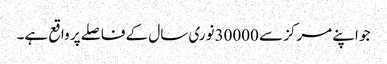
جو اپنے مرکز سے 30000نوری سال کے فاصلے پر واقع ہے۔